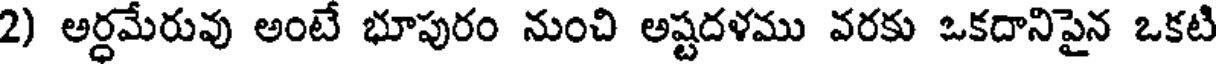
2) అర్ధమేరువు అంటే భూపురం నుంచి అష్టదళము వరకు ఒకదానిపైన ఒకటి